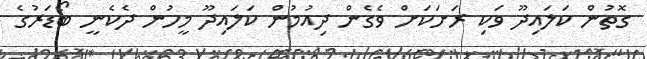
ގޮތުން ކަލައިދޫ ވަކި ރަށަކަށް ވެގެން ދިއުމުން ކަލައިދޫ މީހުން ދެކެނީ ބޯޑަރުގެ